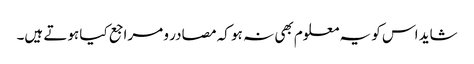
شاید اس کو یہ معلوم بھی نہ ہو کہ مصادر و مراجع کیا ہوتے ہیں۔